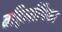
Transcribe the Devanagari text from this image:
बहिर्लापिका